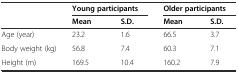
<table><thead><tr><td></td><td colspan="2"><b>Young participants</b></td><td colspan="2"><b>Older participants</b></td></tr><tr><td></td><td><b>Mean</b></td><td><b>S.D.</b></td><td><b>Mean</b></td><td><b>S.D.</b></td></tr></thead><tbody><tr><td>Age (year)</td><td>23.2</td><td>1.6</td><td>66.5</td><td>3.7</td></tr><tr><td>Body weight (kg)</td><td>56.8</td><td>7.4</td><td>60.3</td><td>7.1</td></tr><tr><td>Height (m)</td><td>169.5</td><td>10.4</td><td>160.2</td><td>7.9</td></tr></tbody></table>